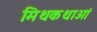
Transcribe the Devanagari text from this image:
मिथकथाओं